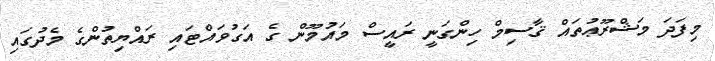
މިފަދަ މަޝްރޫޢުތައް ޤާސިމް ހިންގަނީ ރައީސް މައުމޫން ގެ އަގުވައްޓައި ރައްޔިތުންގެ މެދުގައި